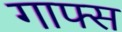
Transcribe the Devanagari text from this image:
गाफ्स